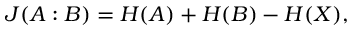
J ( A : B ) = H ( A ) + H ( B ) - H ( X ) ,